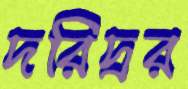
দরিদ্রর